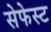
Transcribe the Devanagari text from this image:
सेफेस्ट